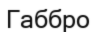
Габбро